Annual report of the Punjab Veterinary College and of the Civil Veterinary Department, Punjab - 1926-1932
Year: 1926
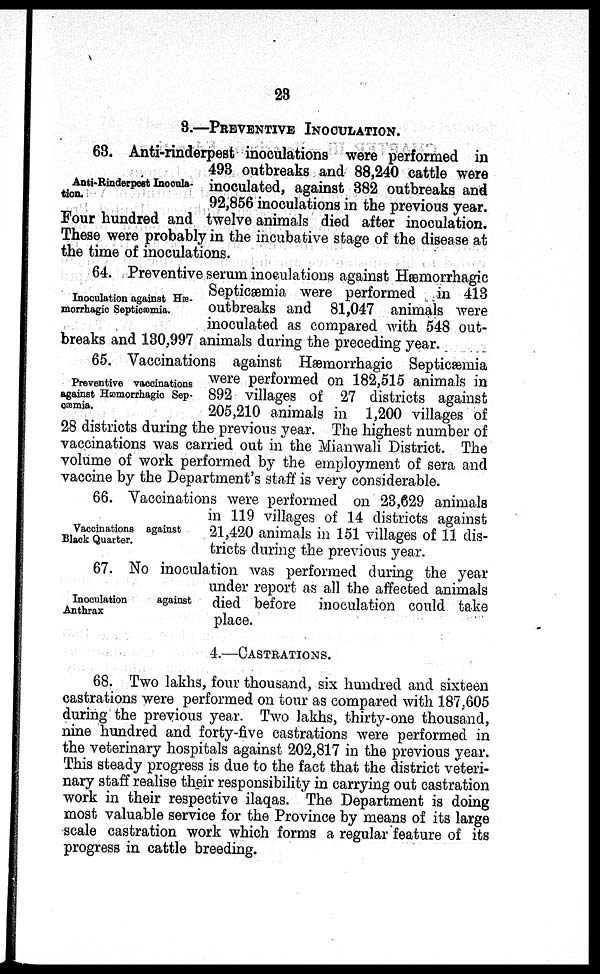
28
3.—PREVENTIVE INOCULATION.
Anti-Rinderpest Inocula-
tion.
63. Anti-rinderpest inoculations were performed in
493 outbreaks and 88,240 cattle were
inoculated, against 382 outbreaks and
92,856 inoculations in the previous year.
Four hundred and twelve animals died after inoculation.
These were probably in the incubative stage of the disease at
the time of inoculations.
Inoculation against Hæ-
morrhagic Septicæmia.
64. Preventive serum inoculations against Hæmorrhagic
Septicæmia were performed in 413
outbreaks and 81,047 animals were
inoculated as compared with 548 out-
breaks and 130,997 animals during the preceding year.
Preventive vaccinations
against Hæmorrhagic Sep-
cæmia.
65. Vaccinations against Hæmorrhagic Septicæmia
were performed on 182,515 animals in
892 villages of 27 districts against
205,210 animals in 1,200 villages of
28 districts during the previous year. The highest number of
vaccinations was carried out in the Mianwali District. The
volume of work performed by the employment of sera and
vaccine by the Department's staff is very considerable.
Vaccinations against
Black Quarter.
66. Vaccinations were performed on 23,629 animals
in 119 villages of 14 districts against
21,420 animals in 151 villages of 11 dis-
tricts during the previous year.
Inoculation
against
Anthrax
67. No inoculation was performed during the year
under report as all the affected animals
died before inoculation could take
place.
4.—CASTRATION.
68. Two lakhs, four thousand, six hundred and sixteen
castrations were performed on tour as compared with 187,605
during the previous year. Two lakhs, thirty-one thousand,
nine hundred and forty-five castrations were performed in
the veterinary hospitals against 202,817 in the previous year.
This steady progress is due to the fact that the district veteri-
nary staff realise their responsibility in carrying out castration
work in their respective ilaqas. The Department is doing
most valuable service for the Province by means of its large
scale castration work which forms a regular feature of its
progress in cattle breeding.